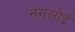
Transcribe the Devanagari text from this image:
नंगलोई